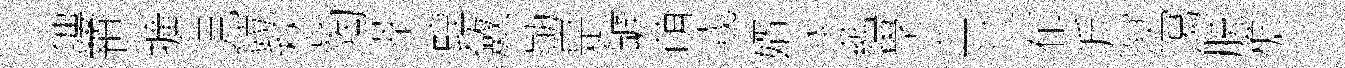
鏤預擴児竝愁陶萃蝗斂勛是罅萌戎婿求蘊學血过郁沂溟㵼脱檐